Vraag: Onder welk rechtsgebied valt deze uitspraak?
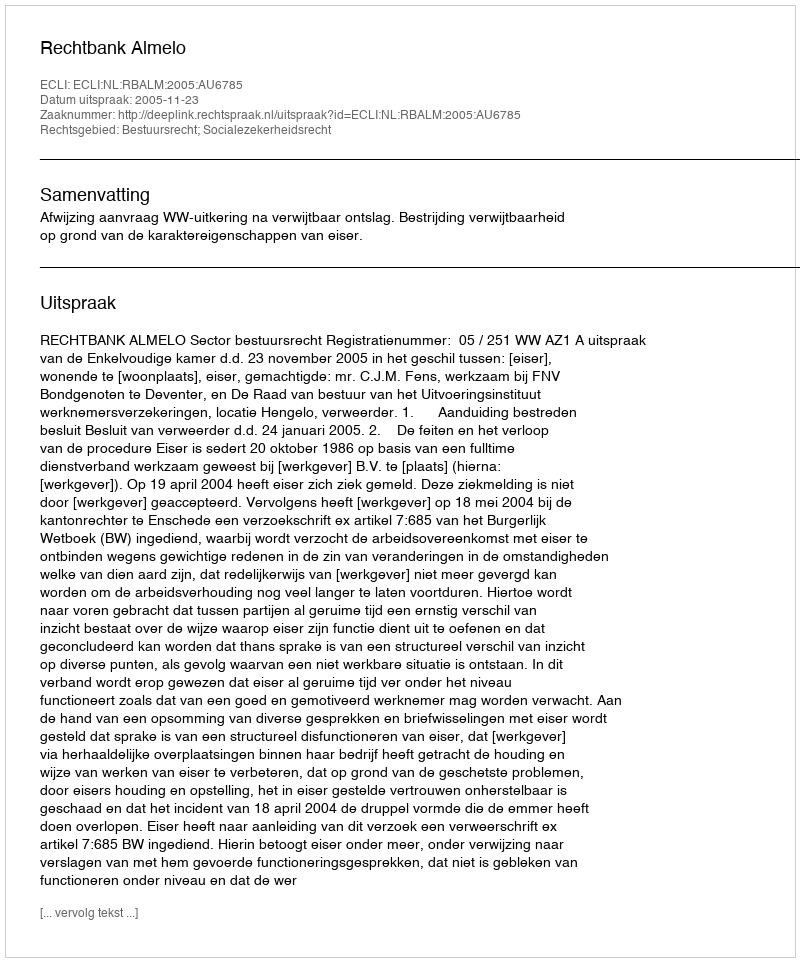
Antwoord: Bestuursrecht; Socialezekerheidsrecht